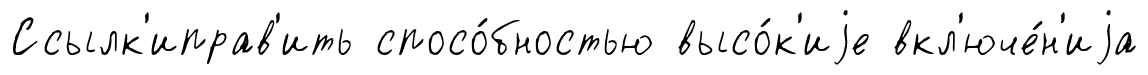
Ссылк'иправ'ить спосо́бностью высо́к'иjе вкл'юче́н'иjа